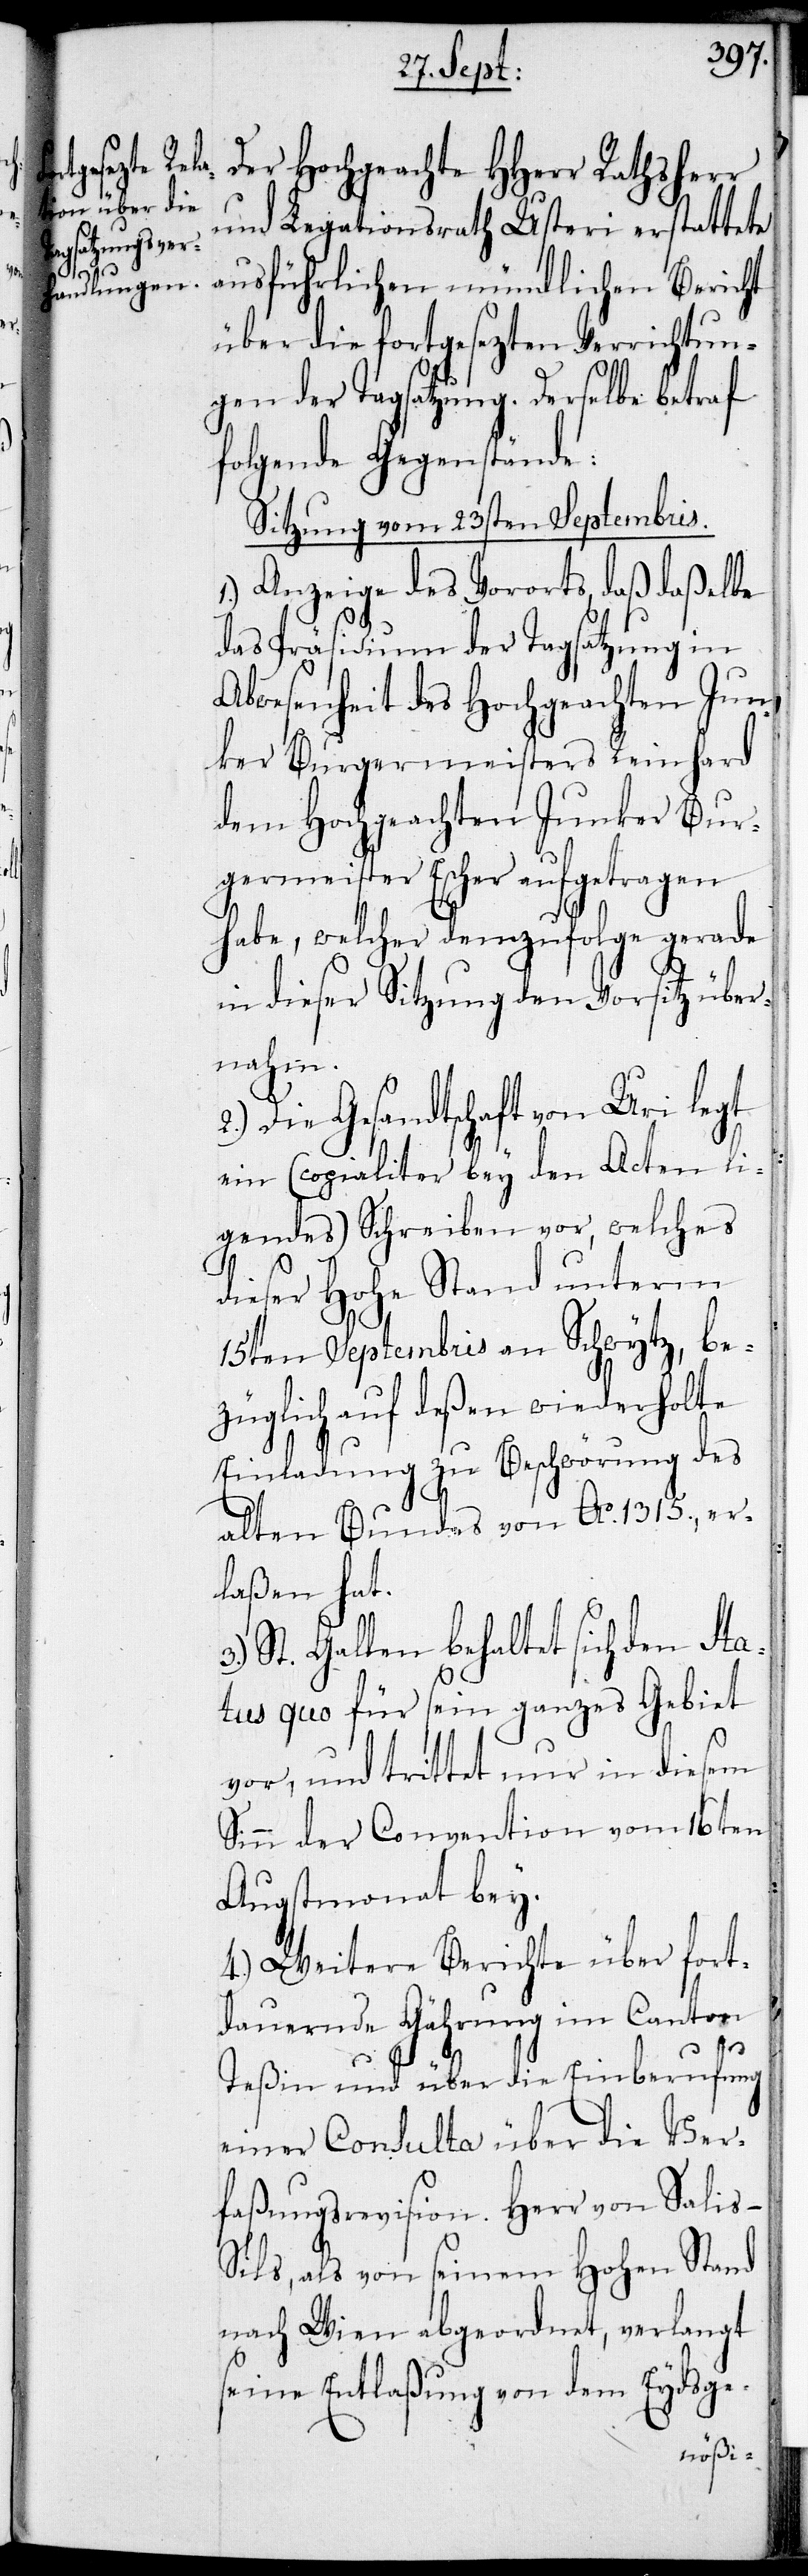
Der Hochgeachte HHerr Rathsherr
und Legationsrath Usteri erstattete
ausführlichen mündlichen Bericht
über die fortgesezten Verrichtun¬
gen der Tagsatzung. Derselbe betraf
folgende Gegenstände:
Sitzung vom 23sten Septembris.
1.) Anzeige des Vororts, daß daßelbe
das Präsidium der Tagsatzung in
Abwesenheit des Hochgeachten Jun¬
ker Burgermeisters Reinhard
dem Hochgeachten Junker Bur¬
germeister Escher aufgetragen
habe, welcher demzufolge gerade
in dieser Sitzung den Vorsitz über¬
nahm.
2.) Die Gesandtschaft von Uri legt
ein (cogialiter bey den Acten li¬
gendes) Schreiben vor, welches
dieser Hohe Stand unterm
15ten Septembris an Schwytz, be¬
züglich auf deßen wiederholte
Einladung zu Beschwörung des
alten Bundes von Ao 1315., er¬
laßen hat.
St. Gallen behaltet sich den Sta¬
tus quo für sein ganzes Gebiet
vor, und trittet nur in diesem
Sinn der Convention vom 16ten
Augstmonat bey.
4.) Weitere Berichte über fort¬
dauernde Gährung im Canton
Teßin und über die Einberufung
einer Consulta über die Ver¬
faßungsrevision. Herr von Salis-S¬
ils, als von seinem Hohen Stand
nach Wien abgeordnet, verlangt
seine Entlaßung von dem Eydsge-